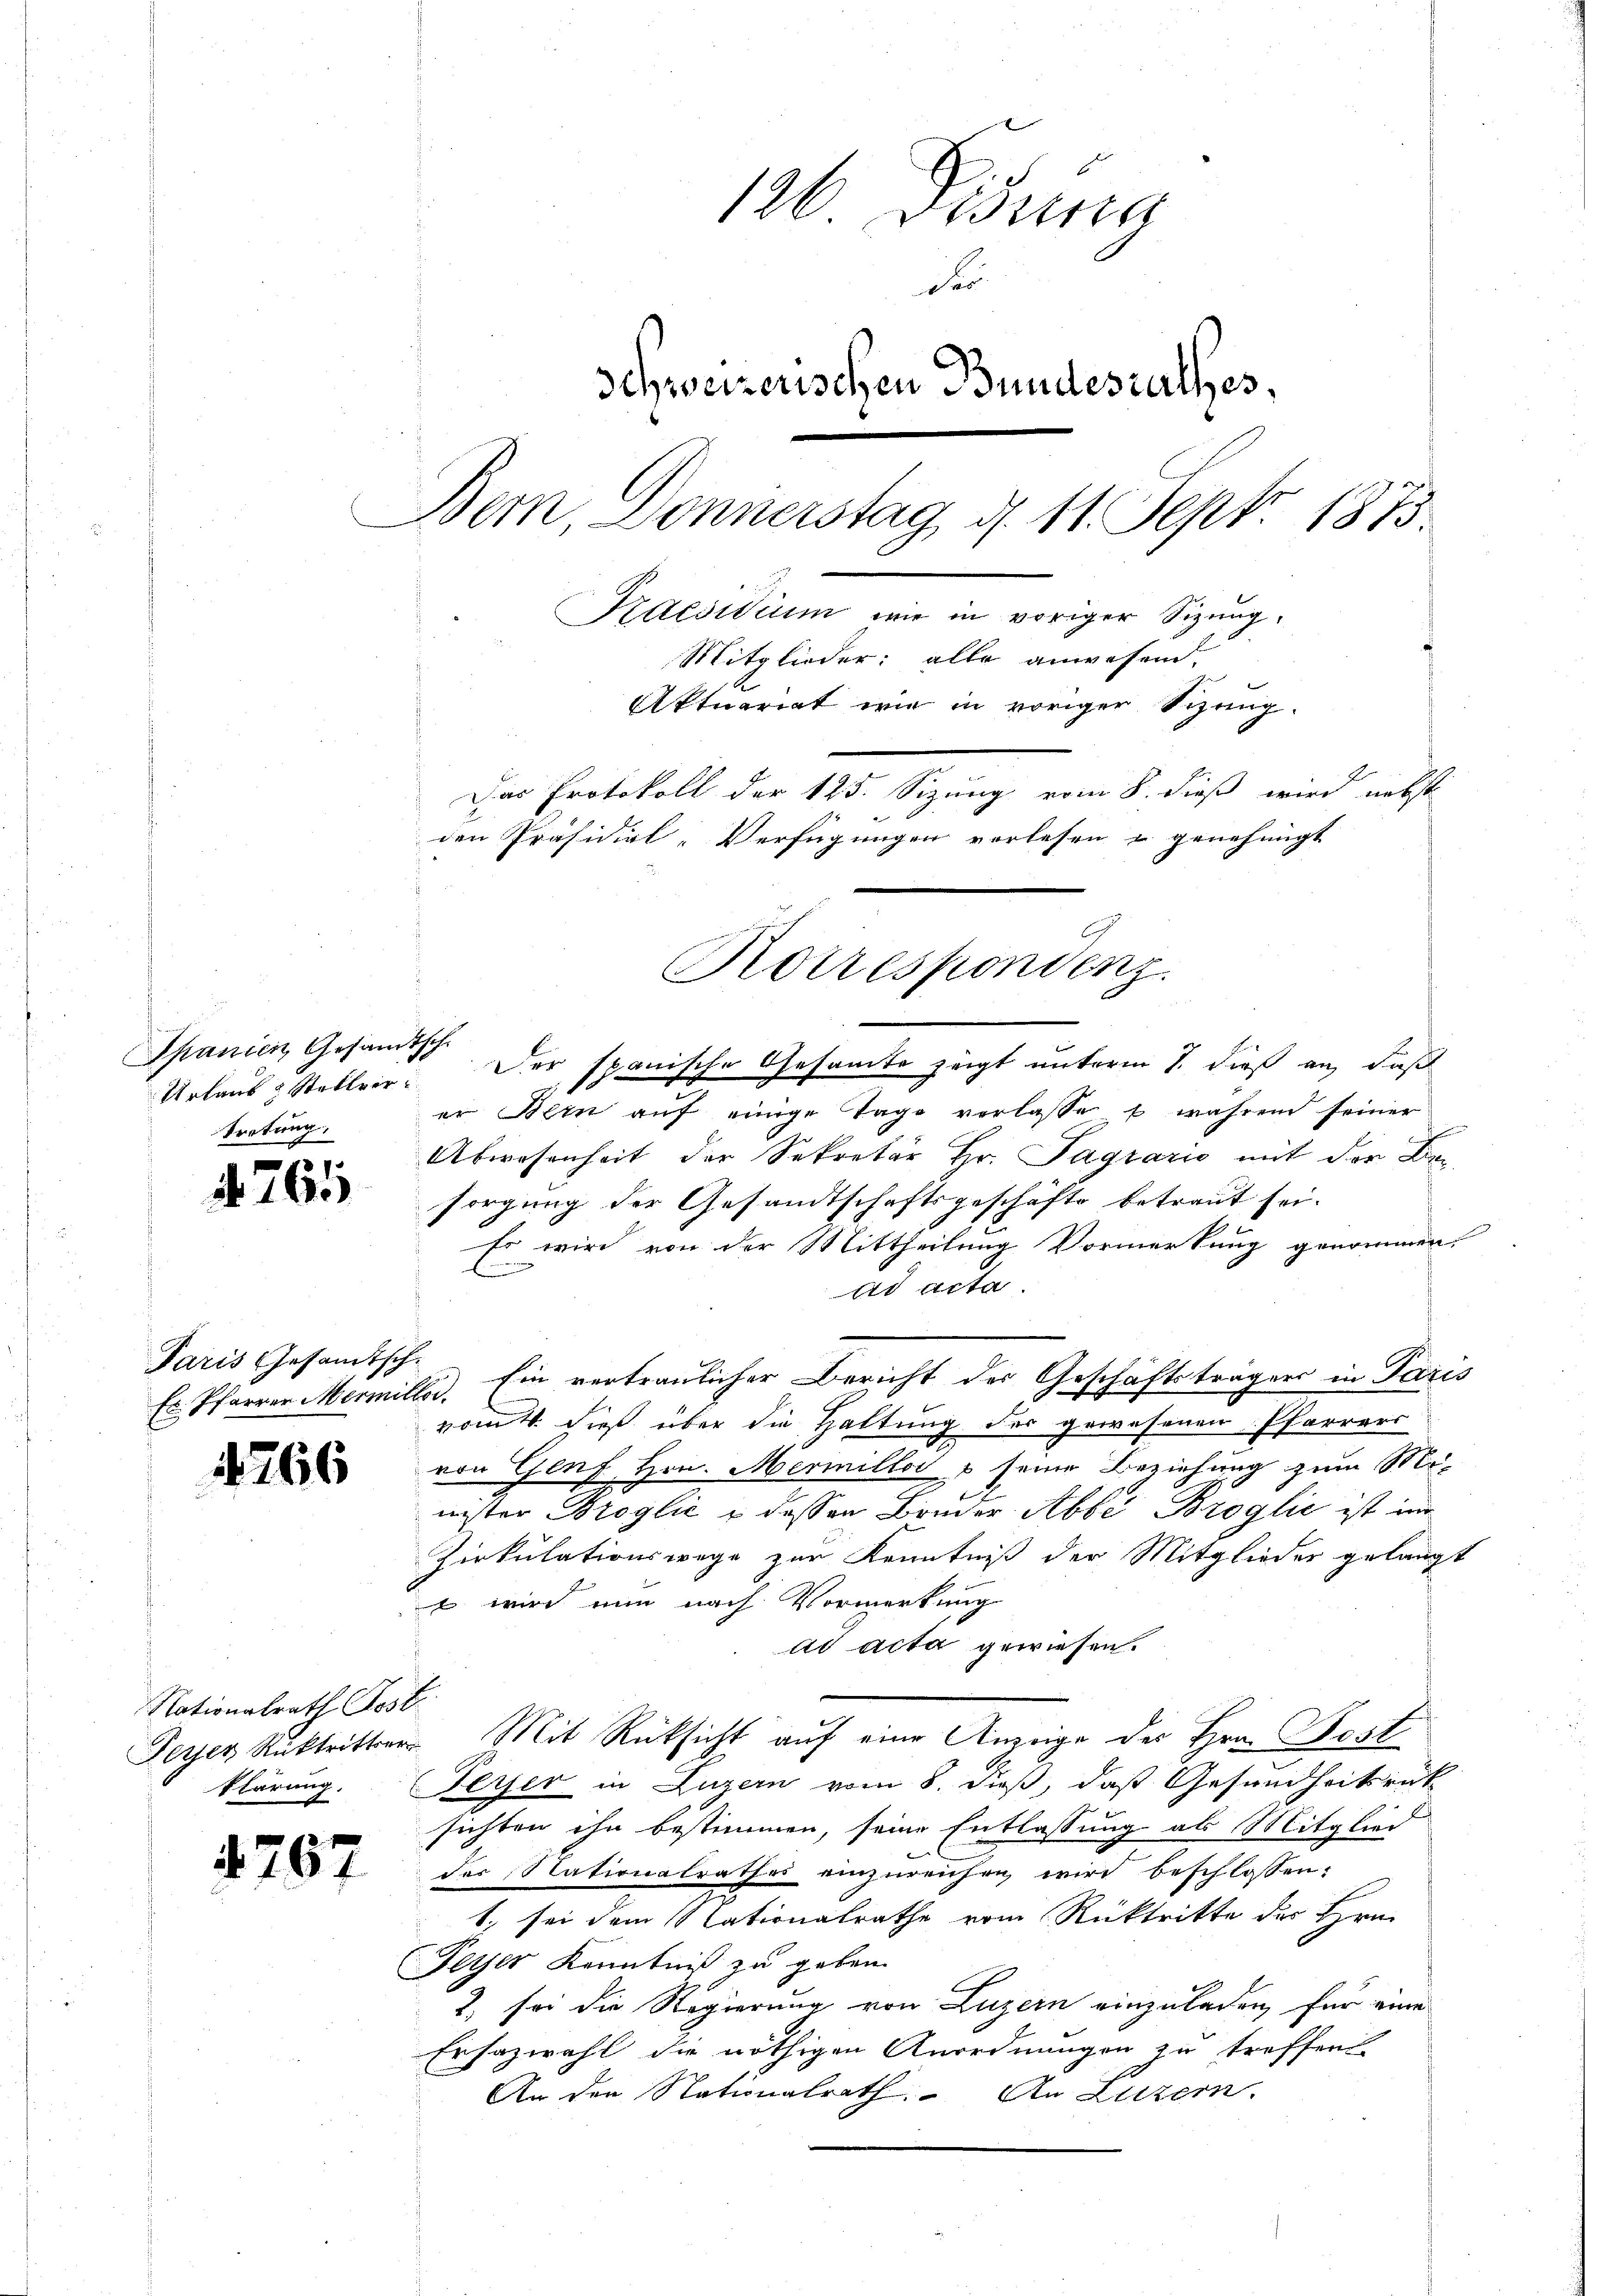
Spanien Gesandtsche
Urlaus & Stellvertortung,

.

765

Paris Gesandtsch-

4766

Nationalrath Kost
klärung.

4767

126 Figura
Fer
Schweizerischen Bundesrathes,
Bem, Donnerstag d. 11. Sept. 1873.
Praesidium wir in voriger Sizung.
Mitglieder: alle anwesend.
Aktuariat wie in voriger Sizung.
Das Protokoll der 125. Sizung vom 8. dieß wird nebst
den Präsidial-Verfügungen vorlesen u genehmigt

Der spanische Gesamte zeigt unterm 1. dieß an, daß
er Bein auf einige Tage verlasse & während seiner
Abwesenheit der Sekretär Hr. Sagrario mit der Besorgung der Gesandtschaftsgeschäfts betraut sei.
Er wird von der Mittheilung Vormerkung genommen.
ad acta.
Es Pfarrer Mermille. Ein vertraulicher Bericht der Geschäftsträgers in Paris
vom 4. dieß über die Haltung der gewesenen Pfarrers
von Genf Hrn. Mermiller & seine Beziehung zum Mi-
nister Broglić u dessen Bonder Abbe Broglić ist im
Zirkulationswege zur Kenntniß der Mitglieder gelangt
s wird nun nach Vormerkung
ad acta gewiesen.
Feyer Rücktritter Mit Rücksicht auf eine Anzeige der Hrn. Post
Feyer in Luzern vom 8. dieß, daß Gesundheitsrück
sichten ihn bestimmen, seine Entlassung als Mitglied
der Nationalrathes einzureichen wird beschlossen:
t. sei dem Nationalrathe vom Rücktritte des Hrn.
Feyer Kenntniß zu geben.
2) sei die Regierung von Luzern einzuladen, für eine
Ersazwahl die nöthigen Anordnungen zu treffend
An den Nationalrath. An Luzern.

Rotrespondenz.